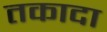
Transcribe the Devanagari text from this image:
तकादा